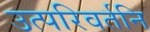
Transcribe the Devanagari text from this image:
उत्परिवर्तनि